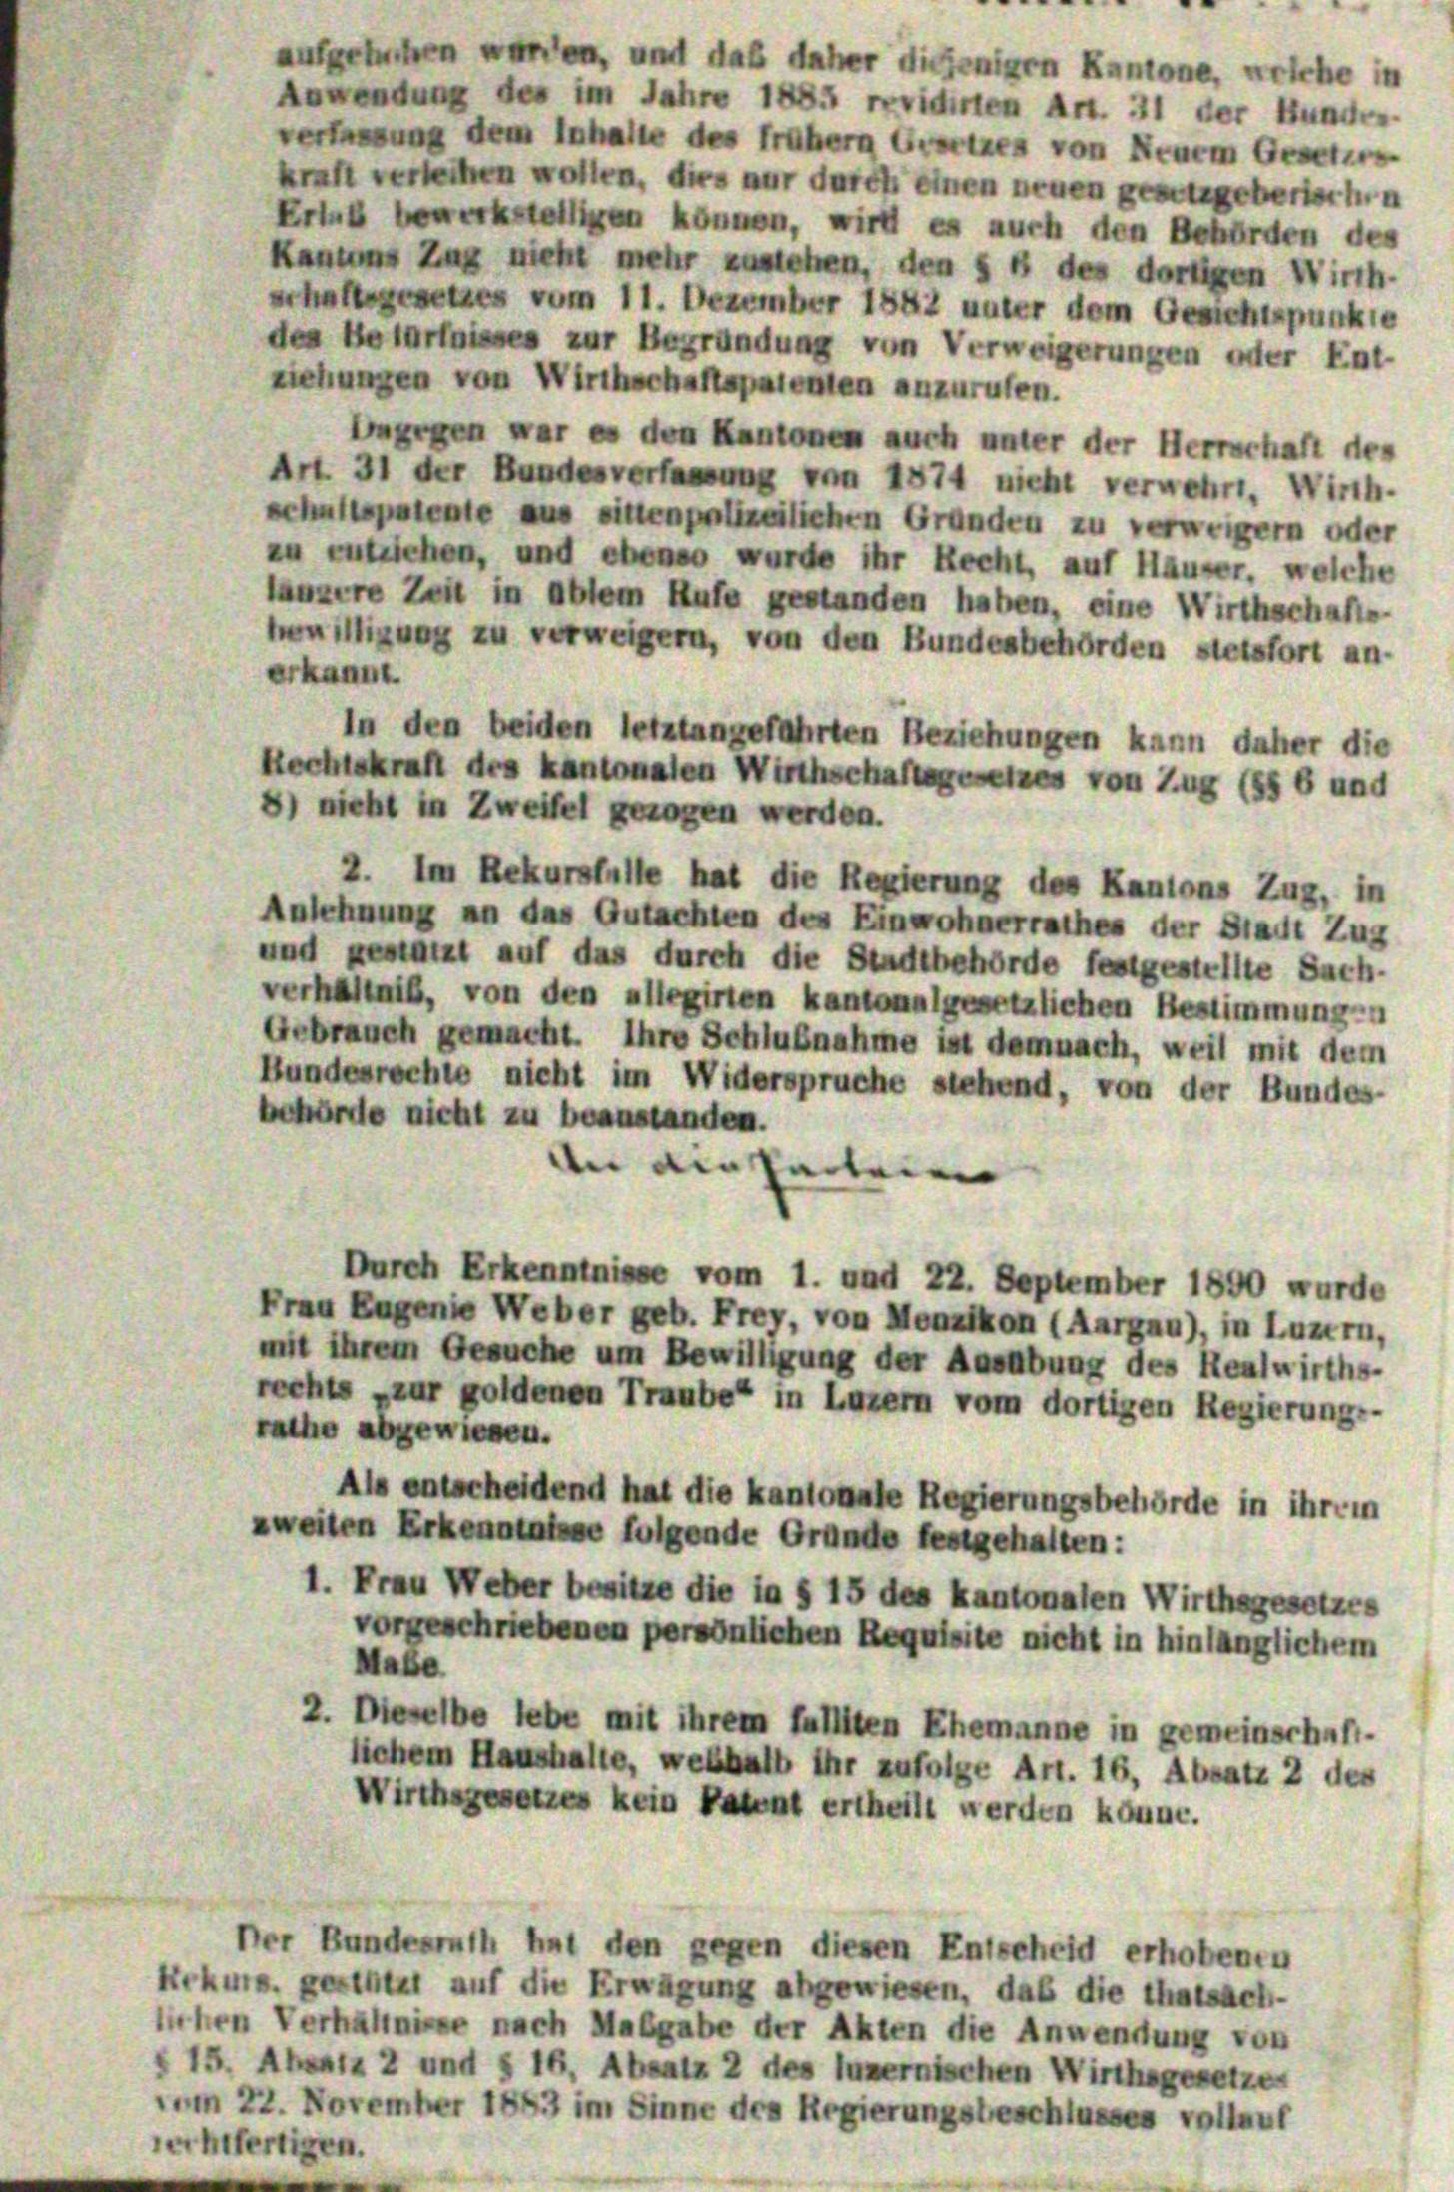
auferlichen werden, und daß daher diejenigen Kantone, welche in
Anwendung des im Jahre 1885 revidirten Art. 31 der Bundes-
verfassung dem Inhalte des frühern vertes von Neuem Geset
kraft verleihen wollen, dies nur durch einen neuen gesetzgeberischen
Erlub bewerkstelligen können, wird es auch den Behörden des
Kantons Zug nicht mehr zustehen, den § 1 des dortigen Wirth-
rhaftsgesetzes vom 11. Dezember 1842 unter dem Gewehtspunkte
des Belarfnisses zur Begründung von Verweigerungen oder Ent-
ziehungen von Wirthschaftspatenten anzurufen.
Bergen war es den Kantonen auch unter der Herrschaft des
Art. 31 der Bundesverfassung von 1874 nicht verwehrt. Wirth-
schaftspatente aus sittenpolizeilichen Gründen zu verweigern oder
zu entziehen, und ebenso wurde ihr Recht, auf Häuser, welche
länzere Zeit in Ablem Rufe gestanden haben, eine Wirthschafts-
Heiligung zu verweigern, von den Bundesbehörden stetsfort an-
erkannt.
In den beiden letztangeführten Beziehungen kann daher die
Rechtskraft des Kantonalen Wirthschaftsgesetzes von Zug (§§ 6 und
8) nicht in Zweifel gezogen werden.
2. Im Rekursfalle hat die Regierung des Kantons Zug, in
Anlehnung an das Gutachten des Einwohnerrathes der Stadt Zug
und gestützt auf das durch die Stadtbehörde festgestellte Sach-
verhältnis, von den allegirten kantonalgesetzlichen Bestimmungen
Gebrauch gemacht. Ihre Schlußnahme ist demnach, weil mit dem
Bundesrechte nicht im Widerspruche stehend, von der Bundes-
behörde nicht zu beanstanden.
dn den Parteien
Durch Erkenntnisse vom 1. und 22. September 1890 wurde
Frau Eugenie Weber geb. Frey, von Menzikon (Aargau), in Luzern,
mit ihrem Gesuche um Bewilligung der Ausübung des Realwirths-
rechts zur goldenen Traube in Luzern vom dortigen Regierungs-
rathe abgewiesen.
Als entscheidend hat die kantonale Regierungsbehörde in ihrem
zweiten Erkenntnisse folgende Gründe festgehalten:
1. Frau Weber besitze die in § 15 des Kantonalen Wirthsgesetzes
vorgeschriebenen persönlichen Requisite nicht in hinlänglichem
Mabe
2. Dieselbe lebe mit ihrem fallten Ehemanne in gemeinschaft-
lichem Haushalte, weshalb ihr zufolge Art. 16, Absatz 2 der
Wirthsgesetzes kein Patent ertheilt werden könne.
Der Bundesrath hat den gegen diesen Entscheid erhobenen
Rekurs geachtet auf die Erwägung abgewiesen, daß die thatsach-
lichen Verhältnisse nach Maßgabe der Akten die Anwendung von
 15. Absatz 2 und § 16, Absatz 2 des luzernischen Wirthsgesetze
m 22. November 1883 im Sinne des Regierungsbeschlusses vollauf
erhufertigen.